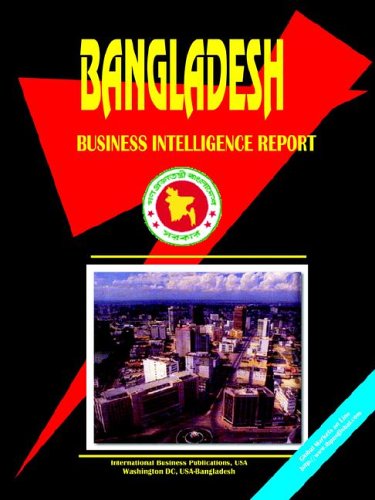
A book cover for Bangladesh Business Intelligence Report; Travel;